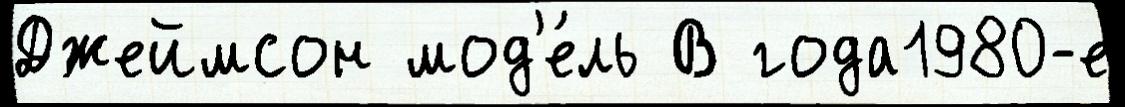
Джеймсон мод'е́ль В года1980-е